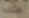
مثلية